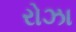
રોઝા